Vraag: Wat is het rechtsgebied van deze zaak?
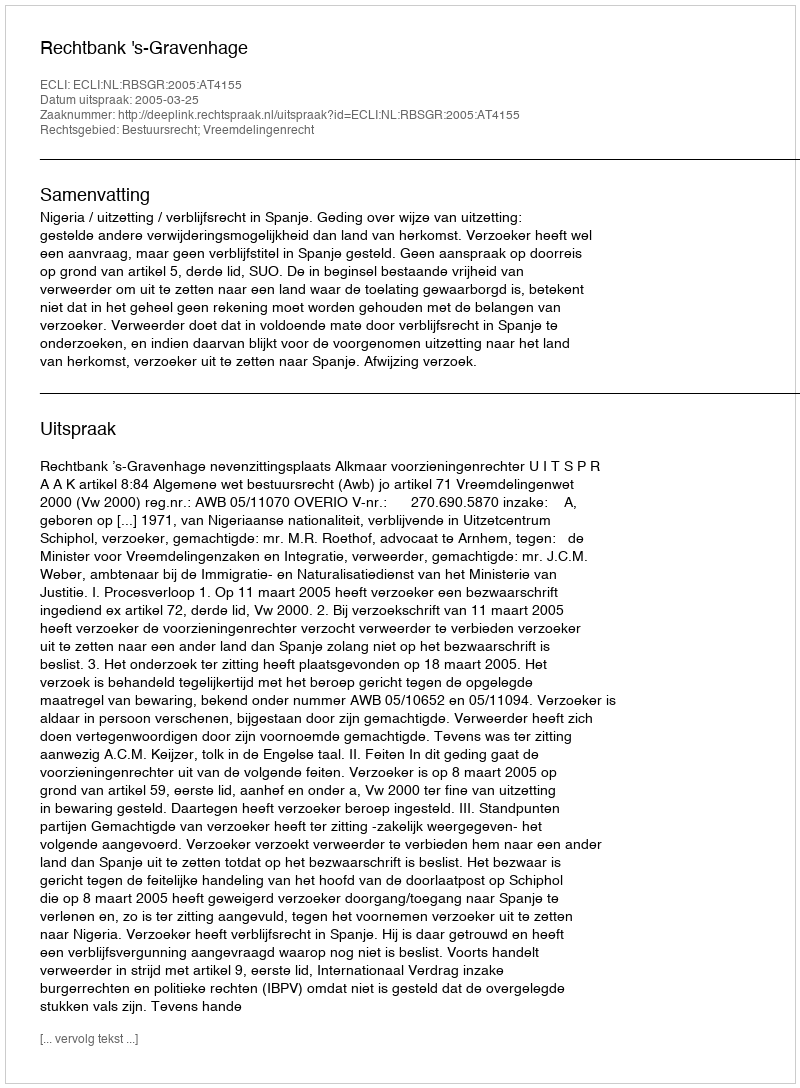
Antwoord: Bestuursrecht; Vreemdelingenrecht